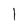
Character: 1